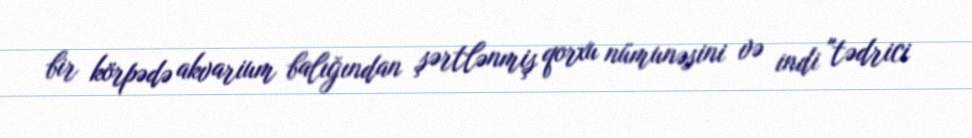
bir körpədə akvarium balığından şərtlənmiş qorxu nümunəsini və indi "tədrici